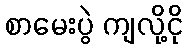
စာမေးပွဲ ကျလို့ငို